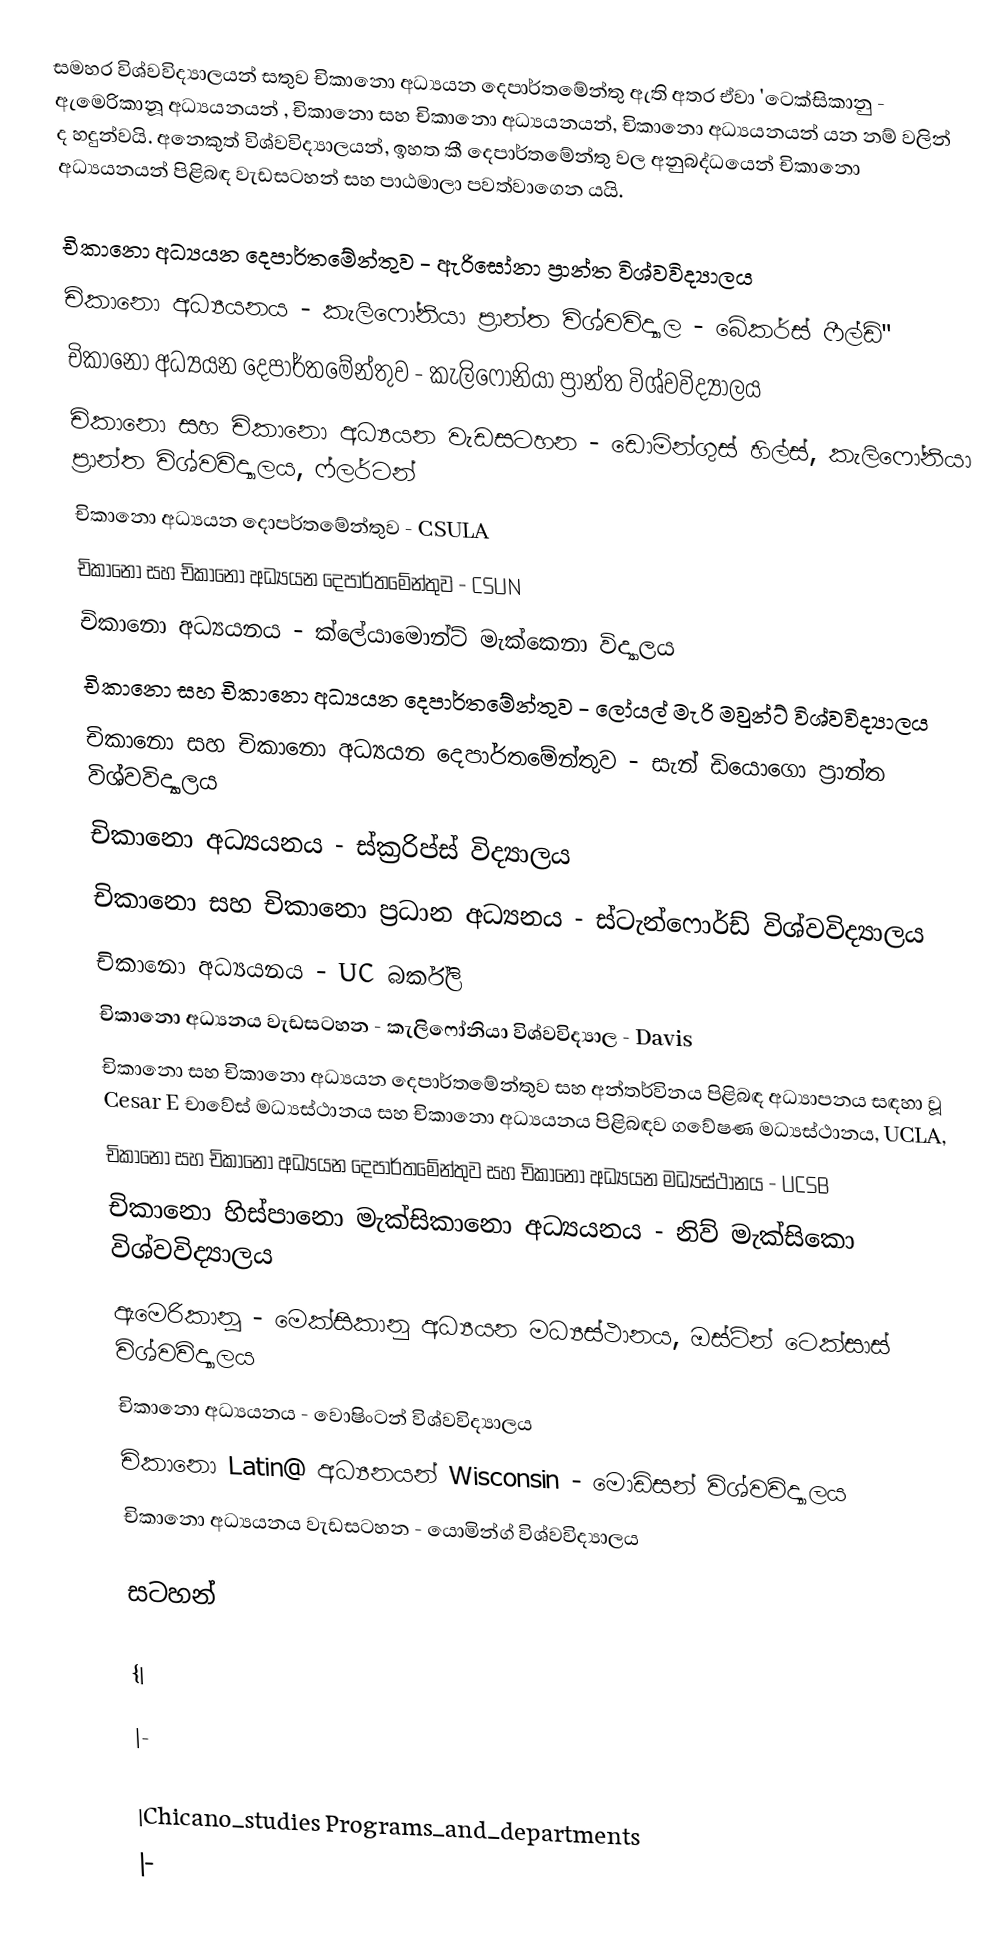
සමහර විශ්වවිද්‍යාලයන් සතුව චිකානො අධ්‍යයන දෙපාර්තමේන්තු ඇති අතර ඒවා 'ටෙක්සිකානු - ඇමෙරිකානූ අධ්‍යයනයන්  ,   චිකානො සහ චිකානො අධ්‍යයනයන්,  චිකානො අධ්‍යයනයන් යන නම් වලින් ද  හදුන්වයි.  අනෙකුත් විශ්වවිද්‍යාලයන්,  ඉහත කී දෙපාර්ත‍මේන්තු වල අනුබද්ධයෙන්  චිකානො අධ්‍යයනයන් පිළිබඳ වැඩසටහන් සහ පාඨමාලා පවත්වාගෙන යයි.

චිකානො අධ්‍යයන දෙපාර්තමේන්තුව - ඇරිසෝනා ප්‍රාන්ත විශ්වවිද්‍යාලය
චිකානො අධ්‍යයනය - කැලි‍ෆෝනියා ප්‍රාන්ත විශ්වවිද්‍යාල -  බේකර්ස් ෆීල්ඩ්"
චිකානො අධ්‍යයන දෙපාර්තමේන්තුව - කැලිෆෝනියා ප්‍රාන්ත විශ්වවිද්‍යාලය
චිකානො සහ චිකානො අධ්‍යයන වැඩසටහන - ඩොමින්ගුස් හිල්ස්, කැලිෆෝනියා ප්‍රාන්ත විශ්වවිද්‍යාලය, ෆ්ලර්ටන්
චිකානො අධ්‍යයන දොපර්තමේන්තුව -  CSULA
චිකානො සහ චිකානො අධ්‍යයන දෙපාර්ත‍මේන්තුව - CSUN
චිකානො අධ්‍යයනය - ක්ලේයාමොන්ට් මැක්කෙනා විද්‍යාලය
චිකානො සහ චිකානො අධ්‍යයන දෙපාර්තමේන්තුව -   ලෝයල් මැරි මවුන්ට් විශ්වවිද්‍යාලය
චිකානො සහ චිකානො අධ්‍යයන  දෙපාර්තමේන්තුව -  සැන් ඩියොගො ප්‍රාන්ත විශ්වවිද්‍යාලය
චිකානො අධ්‍යයනය - ස්ක්‍රරිප්ස් විද්‍යාලය
චිකානො සහ   චිකානො ප්‍රධාන අධ්‍යනය - ස්ටැන්ෆොර්ඩ් විශ්වවිද්‍යාලය
චිකානො අධ්‍යයනය - UC  බර්ක්ලි
චිකානො අධ්‍යනය වැඩසටහන - කැලිෆෝනියා විශ්වවිද්‍යාල -  Davis
චිකානො සහ චිකානො අධ්‍යයන දෙපාර්තමේන්තුව සහ අන්තර්විනය පිළිබඳ අධ්‍යාපනය  සඳහා වූ Cesar E චාවේස් මධ්‍යස්ථානය සහ චිකානො අධ්‍යයනය පිළිබඳව ගවේෂණ මධ්‍යස්ථානය, UCLA,
චිකානො සහ චිකානො අධ්‍යයන දෙපාර්තමේන්තුව සහ චිකානො අධ්‍යයන මධ්‍යස්ථානය - UCSB
චිකානො හිස්පානො මැක්සිකානො අධ්‍යයනය - නිව් මැක්සිකො විශ්වවිද්‍යාලය
ඇමෙරිකානූ - මෙක්සිකානු අධ්‍යයන මධ්‍යස්ථානය, ඔස්ටින් ටෙක්සාස් විශ්වවිද්‍යාලය
චිකානො අධ්‍යයනය - වොෂිංටන් විශ්වවිද්‍යාලය
චිකානො Latin@ අධ්‍යනයන් Wisconsin - මොඩිසන් විශ්වවිද්‍යාලය
චිකානො අධ්‍යයනය වැඩසටහන - යොමින්ග් විශ්වවිද්‍යාලය

සටහන්

{|

|-

|Chicano_studies Programs_and_departments
|-